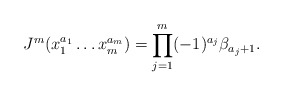
\begin{align*}J^m(x_1^{a_1}\dots x_m^{a_m})= \prod_{j=1}^m (-1)^{a_j}\beta_{a_j+1}.\end{align*}